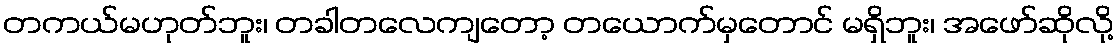
တကယ်မဟုတ်ဘူး၊ တခါတလေကျတော့ တယောက်မှတောင် မရှိဘူး၊ အဖော်ဆိုလို့